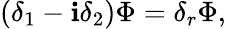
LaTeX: (\delta_{1}-\mathbf{i}\delta_{2})\Phi=\delta_{r}\Phi,